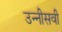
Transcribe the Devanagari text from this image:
उन्‍नीसवी